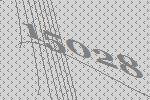
15028